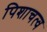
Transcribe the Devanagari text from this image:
पिशाचत्व